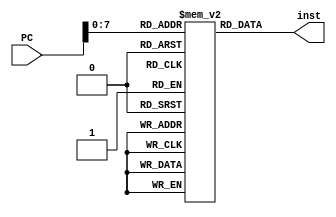
module Instruction_Memory (
input [31:0] PC,
output reg [31:0] inst);
// reg [7:0] memory[199:0];
reg[31:0] memory[199:0];   

always @ (PC)
//inst = {memory[PC],memory[PC+1],memory[PC+2],memory[PC+3]);
inst = memory[PC];
endmodule